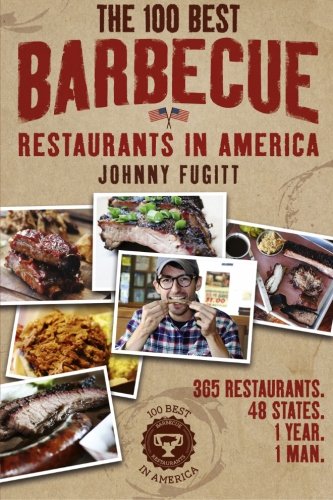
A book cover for The 100 Best Barbecue Restaurants in America; Johnny Fugitt; Cookbooks, Food & Wine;